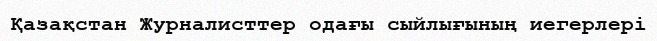
Қазақстан Журналисттер одағы сыйлығының иегерлері